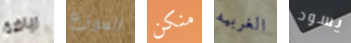
رياضة الموزع منكن الغربيه يسود